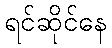
ရင်ဆိုင်နေ